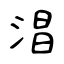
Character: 淐